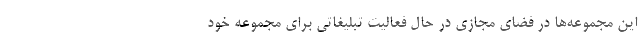
این مجموعه‌ها در فضای مجازی در حال فعالیت تبلیغاتی برای مجموعه خود